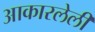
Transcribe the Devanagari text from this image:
आकारलेली